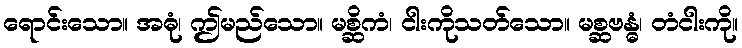
ရောင်းသော။ အဓုံ၊ ဤမည်သော။ မစ္ဆိကံ၊ ငါးကိုသတ်သော။ မစ္ဆဗန္ဓံ၊ တံငါးကို။